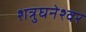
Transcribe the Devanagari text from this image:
शत्रुघनेश्वर